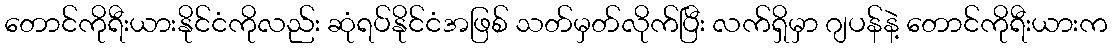
တောင်ကိုရီးယားနိုင်ငံကိုလည်း ဆုံရပ်နိုင်ငံအဖြစ် သတ်မှတ်လိုက်ပြီး လက်ရှိမှာ ဂျပန်နဲ့ တောင်ကိုရီးယားက